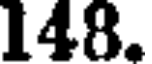
148.